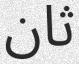
ثان